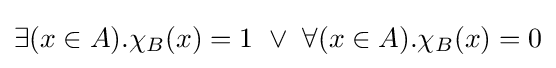
\exists (x\in A).\chi _{B}(x)=1\ \lor \ \forall (x\in A).\chi _{B}(x)=0